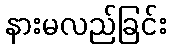
နားမလည်ခြင်း